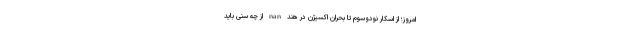
امروز؛ از اسکار نودوسوم تا بحران اکسیژن در هند nan از چه سنی باید